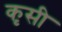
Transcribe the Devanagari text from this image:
कृसी